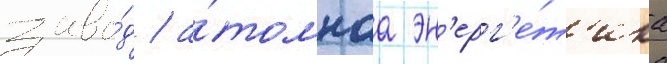
заво́д / а́томнаа эн'ерг'е́т'ика